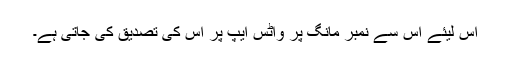
اس لیئے اس سے نمبر مانگ پر واٹس ایپ پر اس کی تصدیق کی جاتی ہے۔